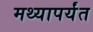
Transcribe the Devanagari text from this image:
मथ्यापर्यंत